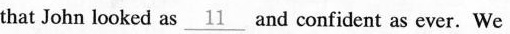
that John looked as \underline{11}and confident as ever.We